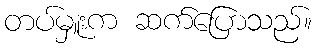
တပ်မှူးက ဆက်ပြောသည်။